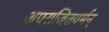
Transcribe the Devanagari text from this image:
अपराजितवर्मन्